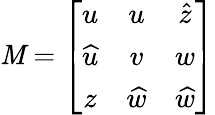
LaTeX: \mathit{M}=\left[\begin{array}{ccc}{{u}}&{{u}}&{{\widehat{z}}}\\ {{\widehat{u}}}&{{v}}&{{w}}\\ {{z}}&{{\widehat{w}}}&{{\widehat{w}}}\end{array}\right]